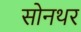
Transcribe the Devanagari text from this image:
सोनथर